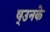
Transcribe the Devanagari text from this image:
ष्उनके